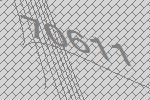
70611